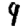
Digit: 9